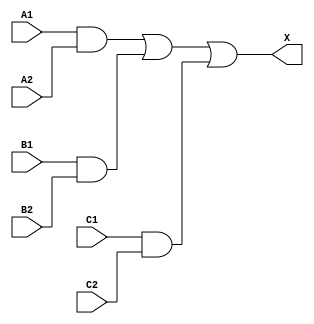
module sky130_fd_sc_ls__a222o_2 (
    X ,
    A1,
    A2,
    B1,
    B2,
    C1,
    C2
);
    output X ;
    input  A1;
    input  A2;
    input  B1;
    input  B2;
    input  C1;
    input  C2;
    wire and0_out ;
    wire and1_out ;
    wire and2_out ;
    wire or0_out_X;
    and and0 (and0_out , B1, B2                      );
    and and1 (and1_out , A1, A2                      );
    and and2 (and2_out , C1, C2                      );
    or  or0  (or0_out_X, and1_out, and0_out, and2_out);
    buf buf0 (X        , or0_out_X                   );
endmodule